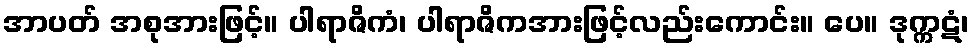
အာပတ် အစုအားဖြင့်။ ပါရာဇိကံ၊ ပါရာဇိကအားဖြင့်လည်းကောင်း။ ပေ။ ဒုက္ကဋံ၊